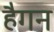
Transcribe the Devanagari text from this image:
हैगन